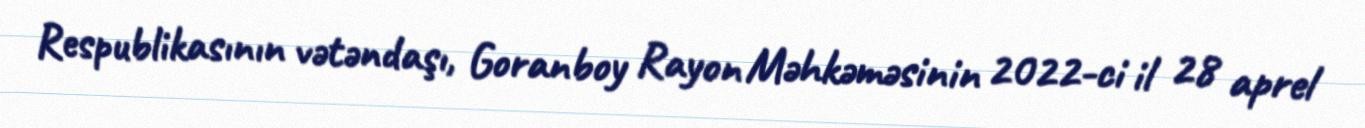
Respublikasının vətəndaşı, Goranboy Rayon Məhkəməsinin 2022-ci il 28 aprel